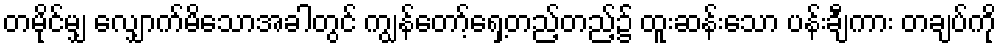
တမိုင်မျှ လျှောက်မိသောအခါတွင် ကျွန်တော့်ရှေ့တည့်တည့်၌ ထူးဆန်းသော ပန်းချီကား တချပ်ကို